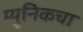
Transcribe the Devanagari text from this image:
म्युनिकचा